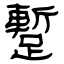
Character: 蹔